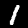
Label: 1